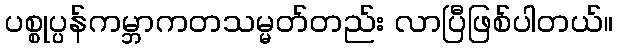
ပစ္စုပ္ပန်ကမ္ဘာကတသမ္မတ်တည်း လာပြီဖြစ်ပါတယ်။